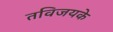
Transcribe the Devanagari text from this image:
तविजयके